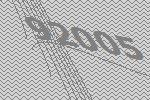
92005